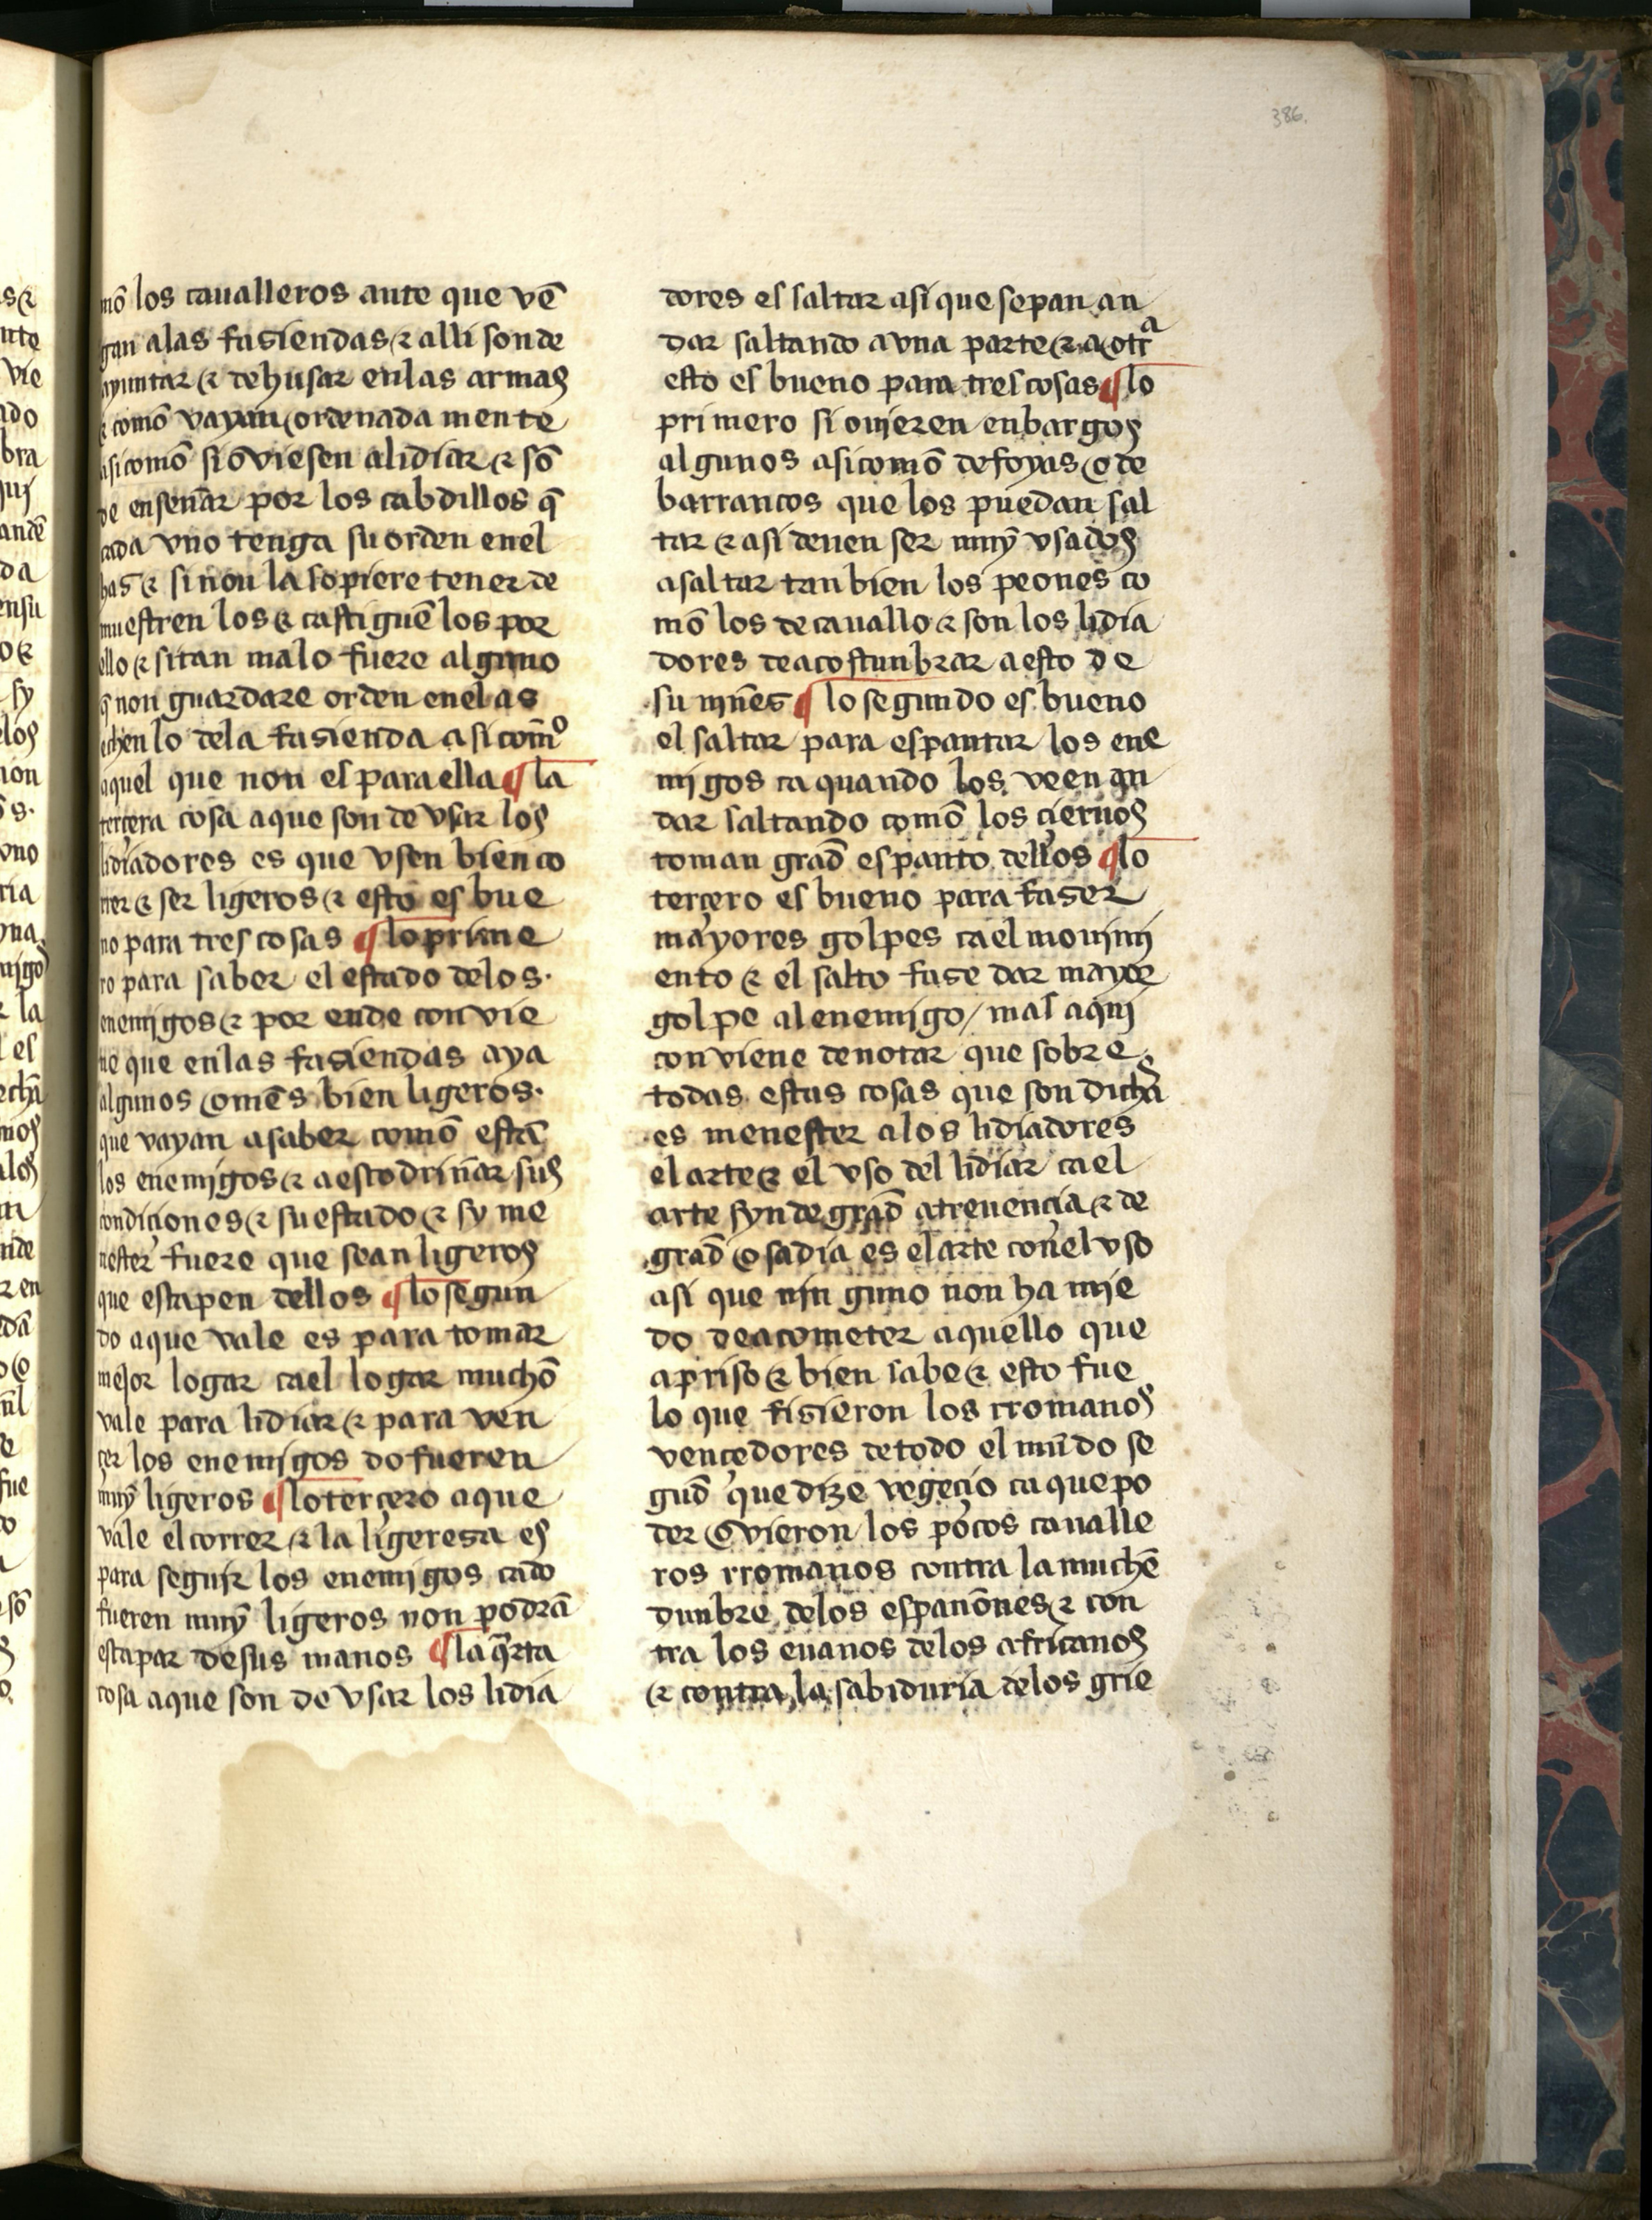
Shelfmark: Salamanca, Biblioteca Histórica USAL, 2709
Century: 15